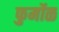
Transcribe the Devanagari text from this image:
फुर्मोळ